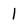
Character: 1